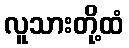
လူသားတို့ထံ